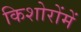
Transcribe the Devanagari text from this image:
किशोरोंमें